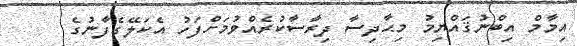
އިމާމް އިބްނުޤައްޔިމު މިޙާދިސާ ދިރާސާކުރެއްވުމަށްފަހު އެކަލޭގެފާނުގެ